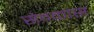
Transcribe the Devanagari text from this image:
सेवकास